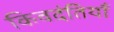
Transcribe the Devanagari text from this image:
किवदंतियाँ